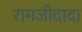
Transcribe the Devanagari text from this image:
रामजीदादा